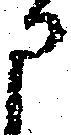
申